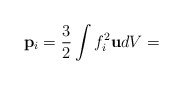
\begin{align*}\mathbf{p}_{i}=\frac{3}{2}\int f_{i}^{2}\mathbf{u}dV=\end{align*}